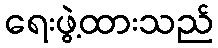
ရေးဖွဲ့ထားသည်